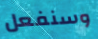
وسنفعل